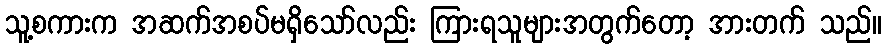
သူ့စကားက အဆက်အစပ်မရှိသော်လည်း ကြားရသူများအတွက်တော့ အားတက် သည်။